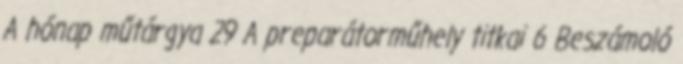
A hónap műtárgya 29 A preparátorműhely titkai 6 Beszámoló